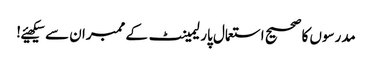
مدرسوں کا صحیح استعمال پارلیمینٹ کے ممبران سے سیکھیئے!